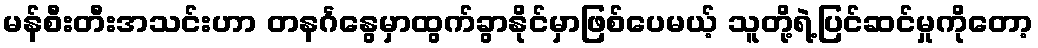
မန်စီးတီးအသင်းဟာ တနင်္ဂနွေမှာထွက်ခွာနိုင်မှာဖြစ်ပေမယ့် သူတို့ရဲ့ပြင်ဆင်မှုကိုတော့